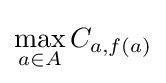
\max _{a\in A}C_{a,f(a)}